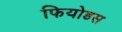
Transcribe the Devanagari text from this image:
फियोडस